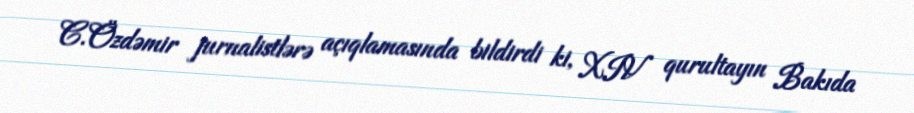
C.Özdəmir jurnalistlərə açıqlamasında bildirdi ki, XIV qurultayın Bakıda